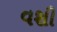
વશી